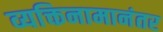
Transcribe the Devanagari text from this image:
व्यक्तिनामानंतर